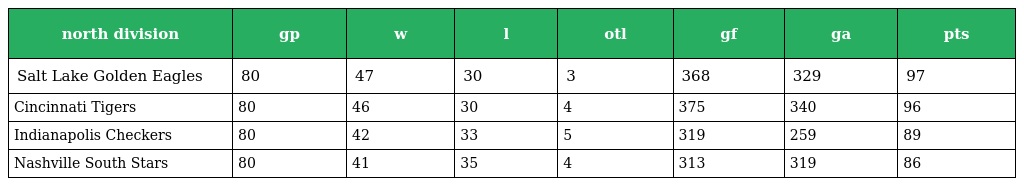
| north division | gp | w | l | otl | gf | ga | pts |
 | --- | --- | --- | --- | --- | --- | --- | --- |
 | Salt Lake Golden Eagles | 80 | 47 | 30 | 3 | 368 | 329 | 97 |
 | Cincinnati Tigers | 80 | 46 | 30 | 4 | 375 | 340 | 96 |
 | Indianapolis Checkers | 80 | 42 | 33 | 5 | 319 | 259 | 89 |
 | Nashville South Stars | 80 | 41 | 35 | 4 | 313 | 319 | 86 |